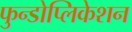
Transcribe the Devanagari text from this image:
फुन्डोप्लिकेशन